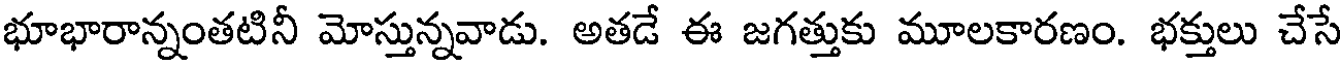
భూభారాన్నంతటినీ మోస్తున్నవాడు. అతడే ఈ జగత్తుకు మూలకారణం. భక్తులు చేసే